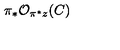
\pi _ { * } { \cal { O } } _ { \pi ^ { * } z } ( C )